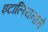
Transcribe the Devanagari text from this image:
इटालियनाने